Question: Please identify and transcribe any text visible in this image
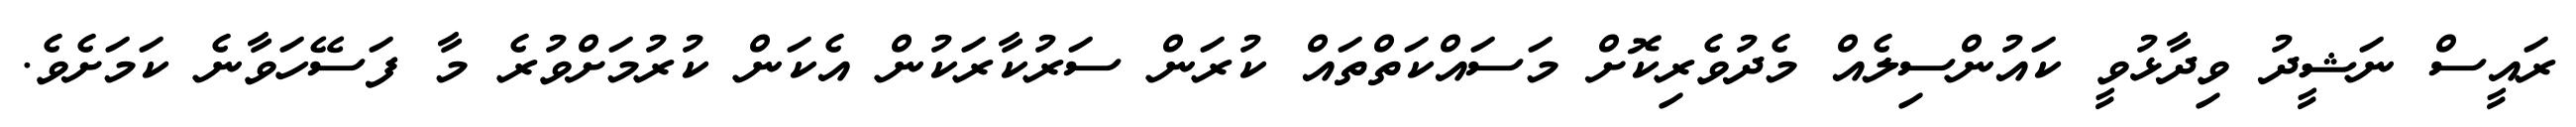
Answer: ރައީސް ނަޝީދު ވިދާޅުވީ ކައުންސިލެއް މެދުވެރިކޮށް މަސައްކަތްތައް ކުރަން ސަރުކާރަކުން އެކަން ކުރުމަށްވުރެ މާ ފަސޭހަވާނެ ކަމަށެވެ.